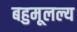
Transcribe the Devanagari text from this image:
बहुमूलल्य